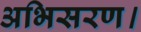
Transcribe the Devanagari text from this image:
अभिसरण।